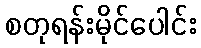
စတုရန်းမိုင်ပေါင်း